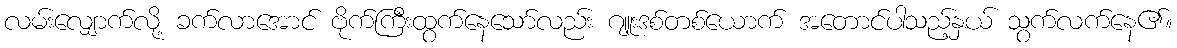
လမ်းလျှောက်လို့ ခက်လာအောင် ဗိုက်ကြီးထွက်နေသော်လည်း ဂျူးဒစ်တစ်ယောက် အတောင်ပါသည့်နှယ် သွက်လက်နေ၏။